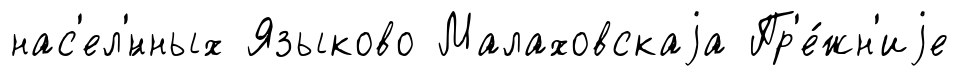
нас'ел'́нных Языково Малаховскаjа Пр'е́жн'иjе